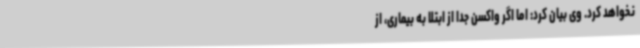
نخواهد کرد. وی بیان کرد: اما اگر واکسن جدا از ابتلا به بیماری، از